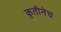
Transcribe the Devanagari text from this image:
कृतीनेच